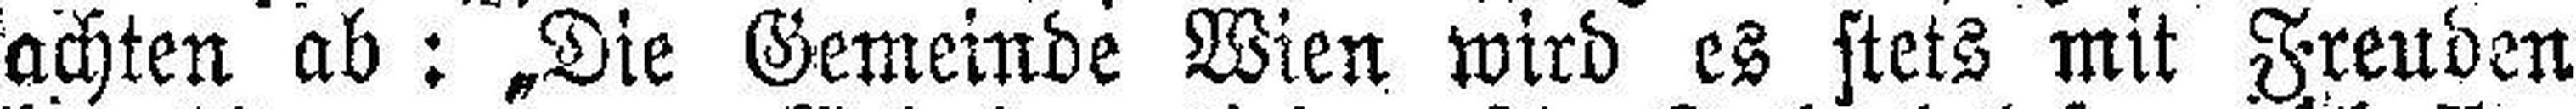
achten ab: „Die Gemeinde Wien wird es stets mit Freuden